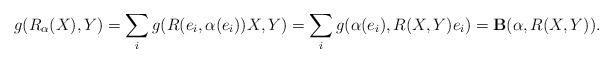
LaTeX: \begin{gather*}g(R_{\alpha}(X),Y) =\sum_i g(R(e_i,\alpha(e_i))X,Y)=\sum_i g(\alpha(e_i),R(X,Y)e_i) ={\bf B}(\alpha,R(X,Y)).\end{gather*}